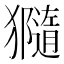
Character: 𤢩